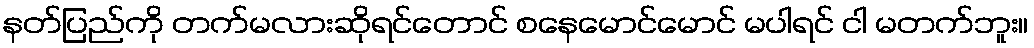
နတ်ပြည်ကို တက်မလားဆိုရင်တောင် စနေမောင်မောင် မပါရင် ငါ မတက်ဘူး။